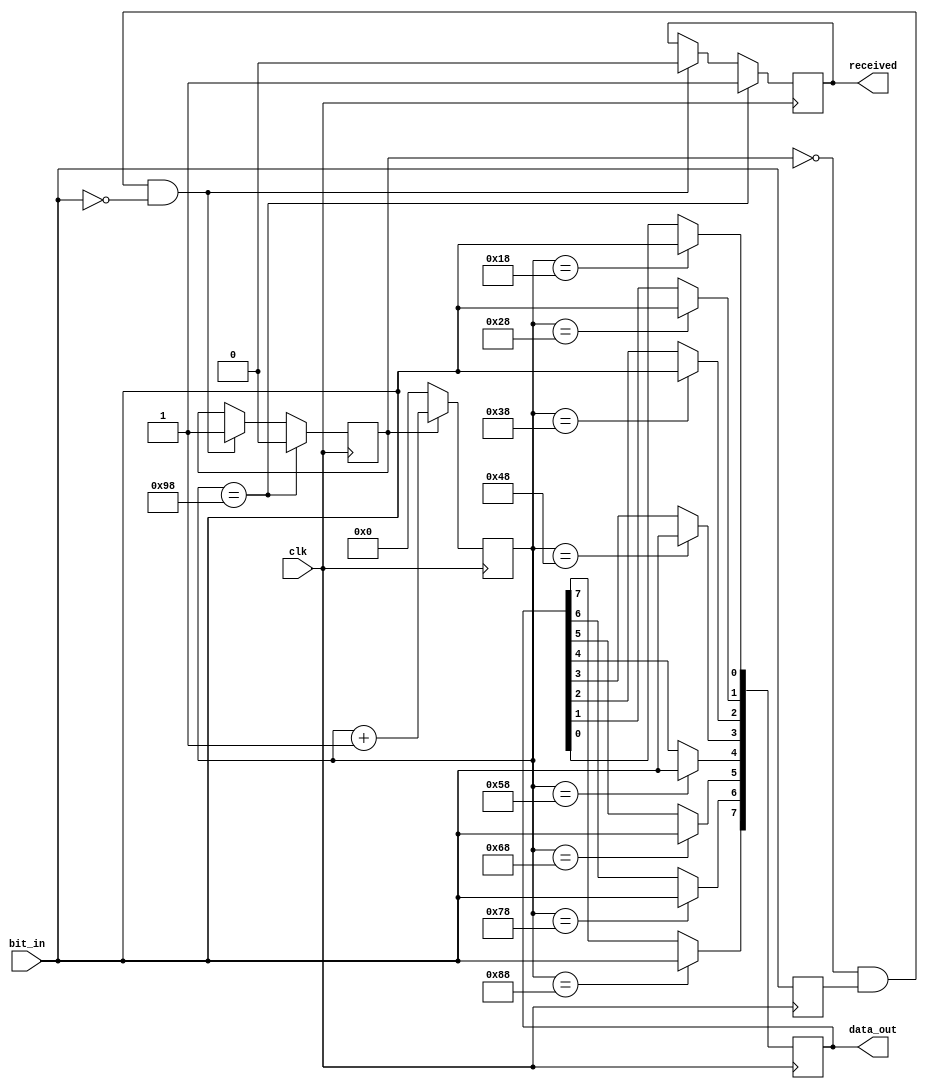
`timescale 1ns / 1ps
//////////////////////////////////////////////////////////////////////////////////
// Company: 
// Engineer: 
// 
// Design Name: 
// Module Name: uart_rx
// Project Name: 
// Target Devices: 
// Tool Versions: 
// Description: 
// 
// Dependencies: 
// 
// Revision:
// Revision 0.01 - File Created
// Additional Comments:
// 
//////////////////////////////////////////////////////////////////////////////////


module uart_rx(
    input clk,
    input bit_in,
    output reg received,
    output reg [7:0] data_out
    );
    
    reg last_bit;
    reg receiving = 0;
    reg [7:0] count;
    
    initial received = 1;
    always@(posedge clk) begin
        if (~receiving & last_bit & ~bit_in) begin
            receiving <= 1;
            received <= 0;
            count <= 0;
        end

        last_bit <= bit_in;
        count <= (receiving) ? count+1 : 0;
        
        // sampling in the middle of the range (every 16 clock cycles)
        case (count)
            8'd24:  data_out[0] <= bit_in;
            8'd40:  data_out[1] <= bit_in;
            8'd56:  data_out[2] <= bit_in;
            8'd72:  data_out[3] <= bit_in;
            8'd88:  data_out[4] <= bit_in;
            8'd104: data_out[5] <= bit_in;
            8'd120: data_out[6] <= bit_in;
            8'd136: data_out[7] <= bit_in;
            8'd152: begin received <= 1; receiving <= 0; end
        endcase
    end
endmodule